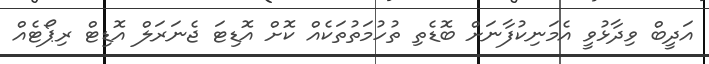
އަދީބް ވިދާޅުވީ އެމަނިކުފާނަށް ބޮޑެތި ތުހުމަތުތަކެއް ކޮށް އޮޑިޓަ ޖެނަރަލް އޮޑިޓް ރިޕޯޓެއް